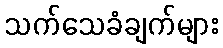
သက်သေခံချက်များ